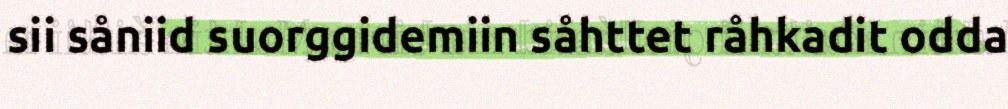
sii såniid suorggidemiin såhttet råhkadit odda